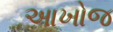
આખોજ